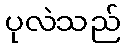
ပုလဲသည်